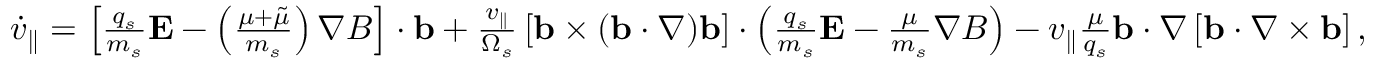
\begin{array} { r } { { \dot { v } _ { \parallel } } = \left[ \frac { q _ { s } } { m _ { s } } \mathbf { E } - \left( \frac { \mu + \tilde { \mu } } { m _ { s } } \right) \nabla B \right] \cdot \mathbf { b } + \frac { v _ { \parallel } } { \Omega _ { s } } \left[ \mathbf { b } \times ( \mathbf { b } \cdot \nabla ) \mathbf { b } \right] \cdot \left( \frac { q _ { s } } { m _ { s } } \mathbf { E } - \frac { \mu } { m _ { s } } \nabla B \right) - v _ { \parallel } \frac { \mu } { q _ { s } } \mathbf { b } \cdot \nabla \left[ \mathbf { b } \cdot \nabla \times \mathbf { b } \right] , } \end{array}